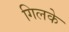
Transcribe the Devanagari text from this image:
गिलके